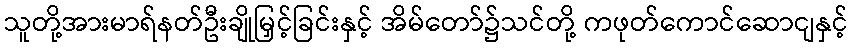
သူတို့အားမာရ်နတ်ဦးချိုမြှင့်ခြင်းနှင့် အိမ်တော်၌သင်တို့ ကဖုတ်ကောင်ဆောငျနှင့်